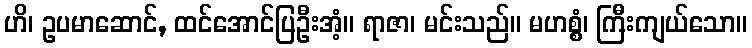
ဟိ၊ ဥပမာဆောင်, ထင်အောင်ပြဦးအံ့။ ရာဇာ၊ မင်းသည်။ မဟစ္စံ၊ ကြီးကျယ်သော။